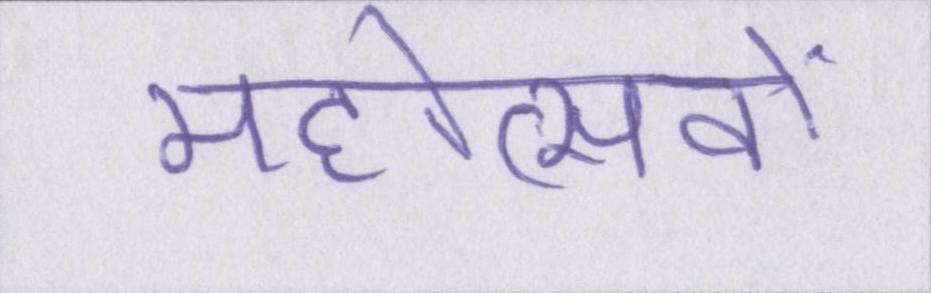
महोत्सवों